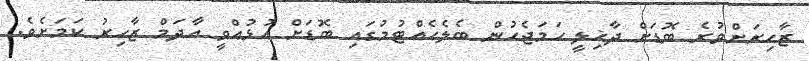
ޒާހިރަށްވުރެ ބޮޑަށް ދާޚިލީ ހަމަޖެހުން ބެލެހެއްޓުމުގައި ބޮޑަށް އުޅުއްވީ އާދަމް ޒާހިރު ކަމަށެވެ.